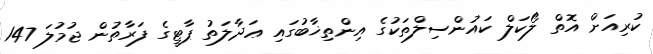
ކުރިއަށް އޮތް ލޯކަލް ކައުންސިލްތަކުގެ އިންތިޚާބުގައި ޢަދާލަތު ޕާޓީގެ ފަރާތުން ޖުމުލަ 147